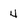
Character: 4